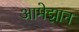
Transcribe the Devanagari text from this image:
आमेझान